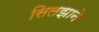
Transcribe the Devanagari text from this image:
सिलझाने